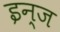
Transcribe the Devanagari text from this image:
इन्ज